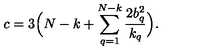
c = 3 \Bigl ( N - k + \sum _ { q = 1 } ^ { N - k } { \frac { 2 b _ { q } ^ { 2 } } { k _ { q } } } \Bigr ) .